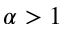
\alpha > 1